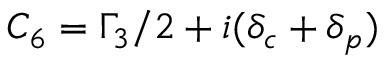
{ C _ { 6 } } = { \Gamma _ { 3 } } / 2 + i ( { \delta _ { c } } + { \delta _ { p } } )